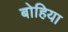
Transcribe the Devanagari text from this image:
बोहिया